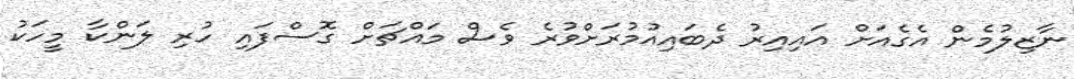
ނާޒިލުމެން އެގެއަށް އައިއިރު ދެބައިއުމުރަށްވުރެ ވެސް މައްޗަށް ގޮސްފައި ހުރި ލަންކާ މީހަކު